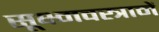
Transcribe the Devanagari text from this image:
सूक्ष्मवस्त्रानें